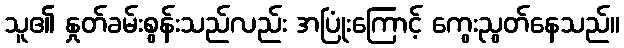
သူ၏ နှုတ်ခမ်းစွန်းသည်လည်း အပြုံးကြောင့် ကွေးညွတ်နေသည်။